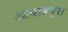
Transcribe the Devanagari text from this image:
आबाडपुरा